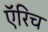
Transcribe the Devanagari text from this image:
ऍरिच